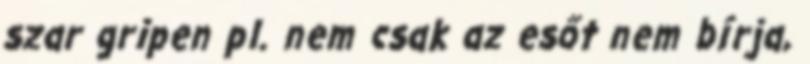
szar gripen pl. nem csak az esőt nem bírja,